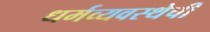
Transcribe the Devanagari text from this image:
धर्मव्यवस्थेची